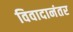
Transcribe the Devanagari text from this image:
विवादानंतर